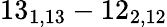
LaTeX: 13_{1,13}-12_{2,12}